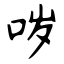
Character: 哕